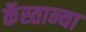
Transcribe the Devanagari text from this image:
कॅस्तान्या